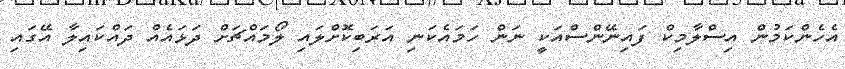
އެހެންކަމުން އިސްލާމިކް ފައިނޭންސްއަކީ ނަން ހަމައެކަނި އަރަބިކޮށްލައި ލޯމައްޗަށް ދަޅައެއް ދައްކައިލާ އޭގައި